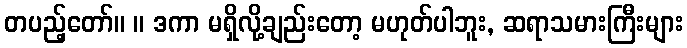
တပည့်တော်။ ။ ဒကာ မရှိလို့ချည်းတော့ မဟုတ်ပါဘူး, ဆရာသမားကြီးများ